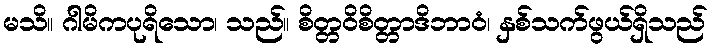
မသိ။ ဂါမိကပုရိသော၊ သည်။ စိတ္တဝိစိတ္တာဒိဘာဝံ၊ နှစ်သက်ဖွယ်ရှိသည်